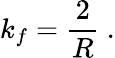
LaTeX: k_{f}=\frac{2}{R}~.